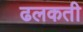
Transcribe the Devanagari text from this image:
ढलकती